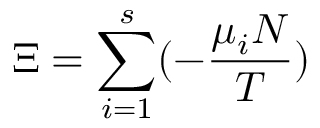
\Xi = \sum _ { i = 1 } ^ { s } ( - { \frac { \mu _ { i } N } { T } } )